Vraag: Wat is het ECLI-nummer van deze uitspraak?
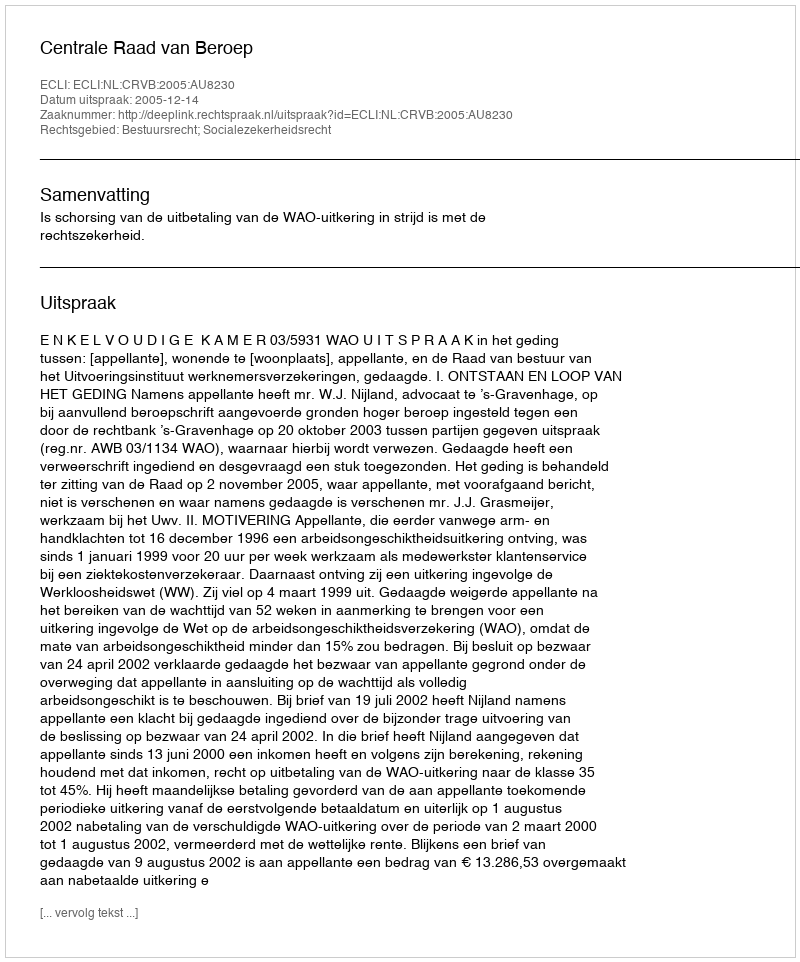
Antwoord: ECLI:NL:CRVB:2005:AU8230